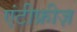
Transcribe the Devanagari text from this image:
एंटीफ्रीज़